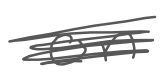
Text: on
Cross-out: scratch
Writing tool: digital_gray